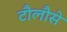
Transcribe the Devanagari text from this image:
टौलौसे